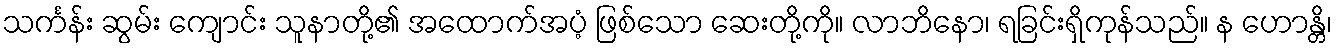
သင်္ကန်း ဆွမ်း ကျောင်း သူနာတို့၏ အထောက်အပံ့ ဖြစ်သော ဆေးတို့ကို။ လာဘိနော၊ ရခြင်းရှိကုန်သည်။ န ဟောန္တိ၊